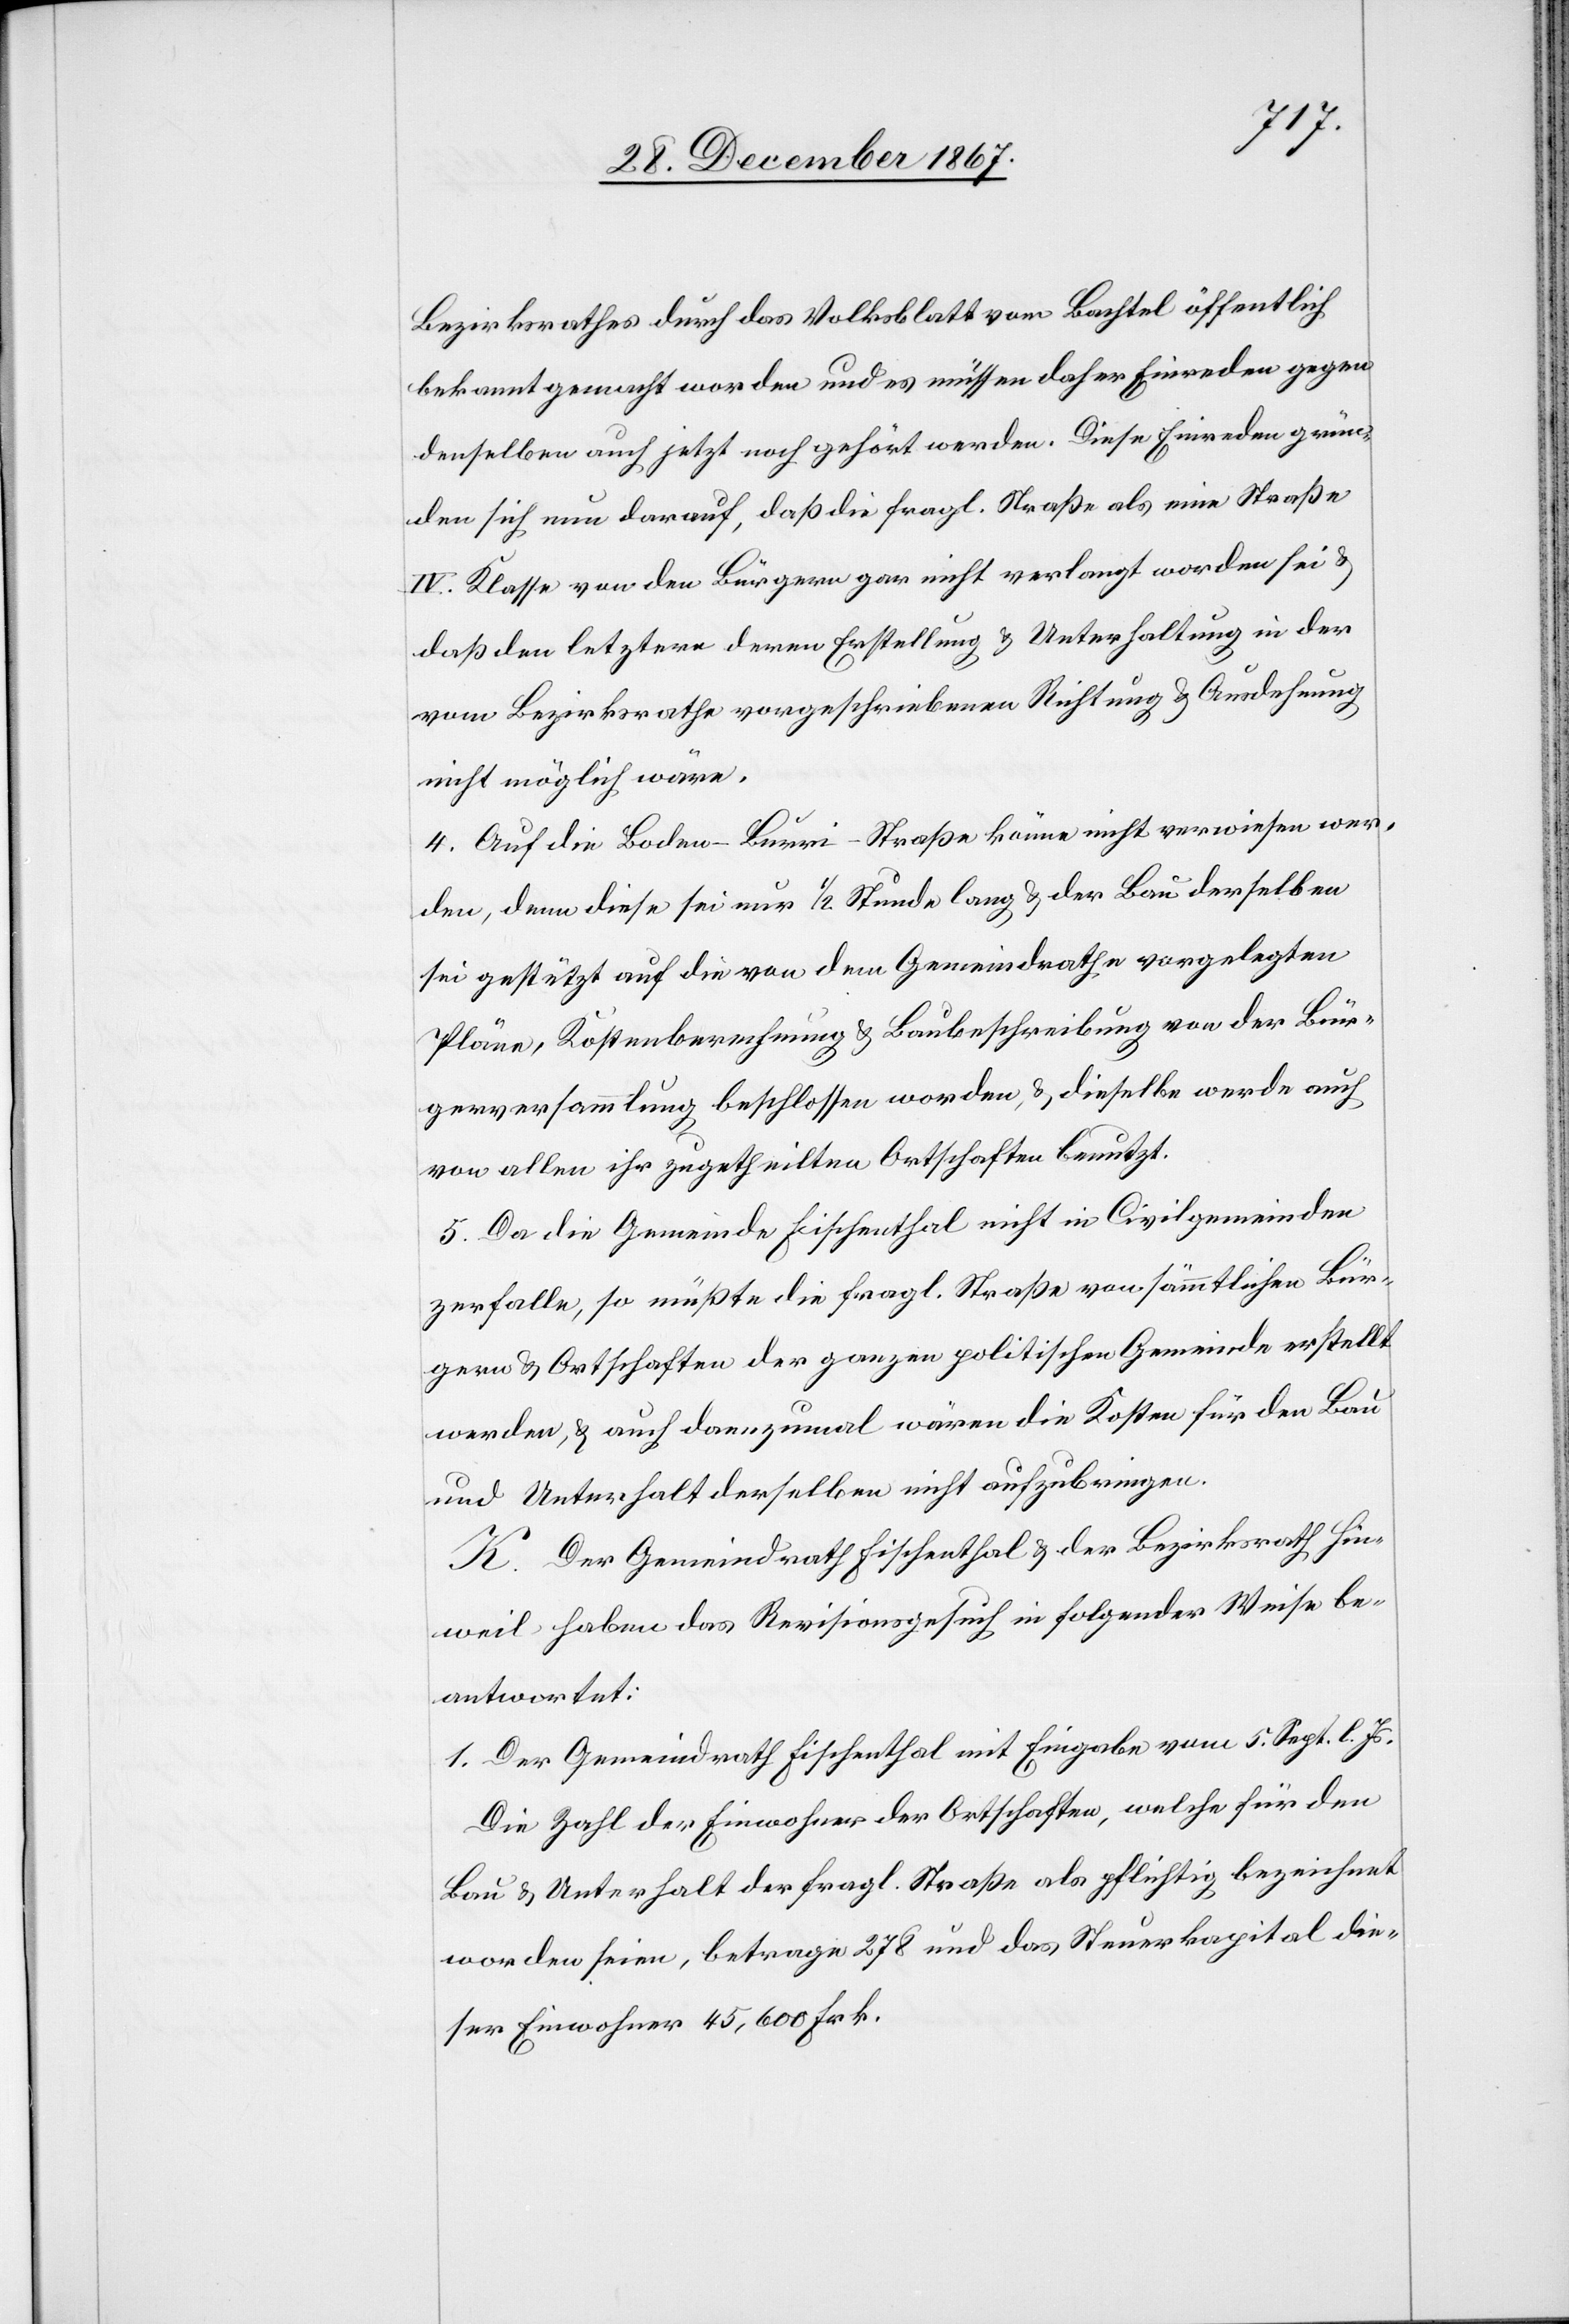
Bezirksrathes durch das Volksblatt vom Bachtel öffentlich
bekannt gemacht worden und es müssen daher Einreden gegen
denselben auch jetzt noch gehört werden. Diese Einreden grün¬
den sich nun darauf, daß die fragl Straße als eine Straße
IV. Klasse von den Bürgern gar nicht verlangt worden sei u.
daß den letztern deren Erstellung u. Unterhaltung in der
vom Bezirksrathe vorgeschriebenen Richtung u. Ausdehnung
nicht möglich wäre.
4. Auf die Boden–Burri-Straße könne nicht verwiesen wer¬
den, denn diese sei nur 1/2 Stunde lang u. der Bau derselben
sei gestützt auf die von dem Gemeindrathe vorgelegten
Pläne, Kostenberechnung u. Baubeschreibung von der Bür¬
gerversammlung beschlossen worden, u. dieselbe werde auch
von allen ihr zugetheilten Ortschaften benutzt.
5. Da die Gemeinde Fischenthal nicht in Civilgemeinden
zerfalle, so müßte die fragl. Straße von sämmtlichen Bür¬
gern u. Ortschaften der ganzen politischen Gemeinde erstellt
werden, u. auch dannzumal wären die Kosten für den Bau
und Unterhalt derselben nicht aufzubringen.
K. Der Gemeindrath Fischenthal u. der Bezirksrath Hin¬
weil haben das Revisionsgesuch in folgender Weise be¬
antwortet:
1. Der Gemeindrath Fischenthal mit Eingabe vom 5. Sept l. Js.
Die Zahl der Einwohner der Ortschaften, welche für den
Bau- u. Unterhalt der fragl. Straße als pflichtig bezeichnet
worden seien, betrage 278 und das Steuerkapital die¬
ser Einwohner 45 600 Frk.